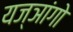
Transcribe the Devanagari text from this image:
यज्ञांगो